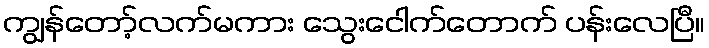
ကျွန်တော့်လက်မကား သွေးငေါက်တောက် ပန်းလေပြီ။